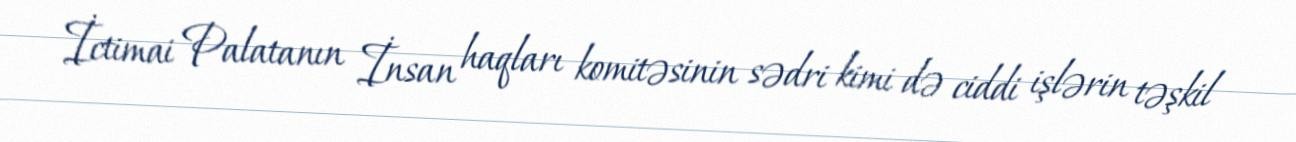
İctimai Palatanın İnsan haqları komitəsinin sədri kimi də ciddi işlərin təşkil